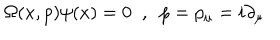
\Omega ( x , p ) \psi ( x ) = 0 \; \; , \; \; p = p _ { \mu } = i \partial _ { \mu }